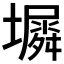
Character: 𫮵